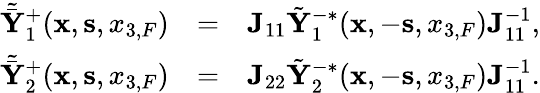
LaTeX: \begin{array}{rlr}{\tilde{\bar{{\mathbf Y}}}_{1}^{+}({{\mathbf x}},{{\mathbf s}},{x_{3,F}})}&{=}&{{\mathbf J}_{11}\tilde{\mathbf Y}_{1}^{-*}({{\mathbf x}},-{{\mathbf s}},{x_{3,F}}){\mathbf J}_{11}^{-1},}\\ {\tilde{\bar{{\mathbf Y}}}_{2}^{+}({{\mathbf x}},{{\mathbf s}},{x_{3,F}})}&{=}&{{\mathbf J}_{22}\tilde{\mathbf Y}_{2}^{-*}({{\mathbf x}},-{{\mathbf s}},{x_{3,F}}){\mathbf J}_{11}^{-1}.}\end{array}